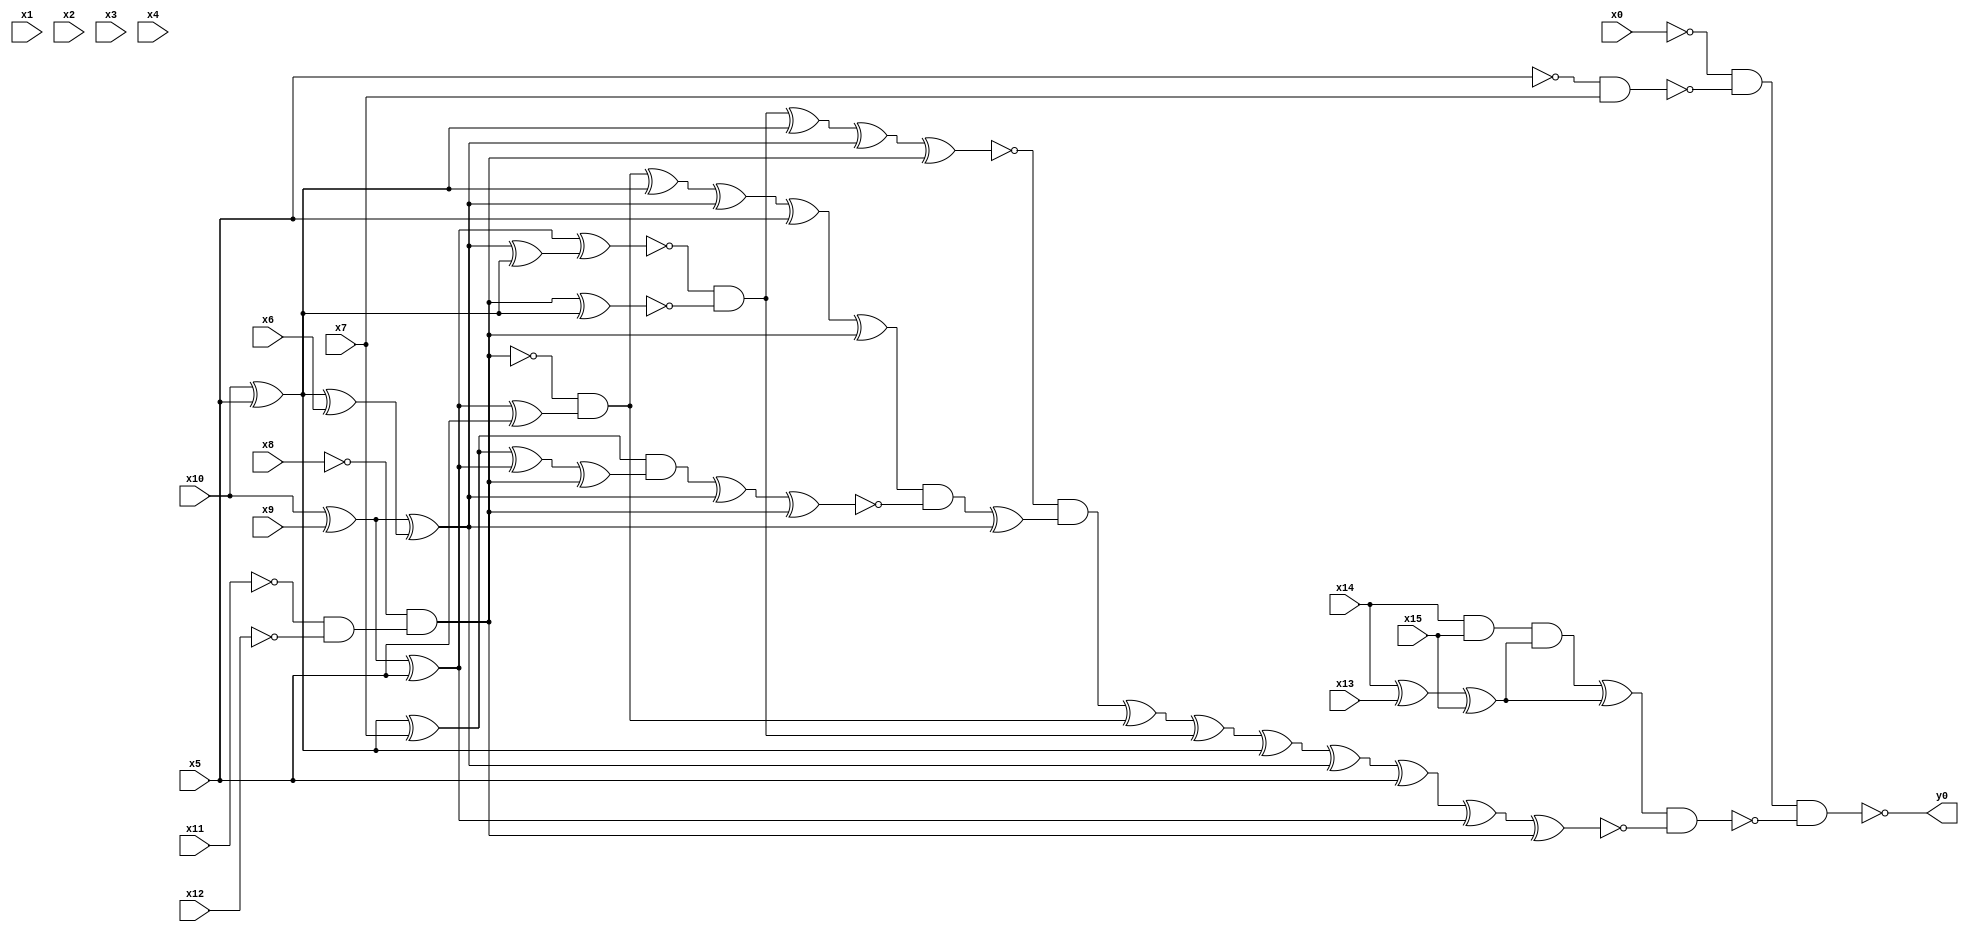
module top( x0 , x1 , x2 , x3 , x4 , x5 , x6 , x7 , x8 , x9 , x10 , x11 , x12 , x13 , x14 , x15 , y0 );
  input x0 , x1 , x2 , x3 , x4 , x5 , x6 , x7 , x8 , x9 , x10 , x11 , x12 , x13 , x14 , x15 ;
  output y0 ;
  wire n17 , n18 , n19 , n20 , n21 , n22 , n23 , n24 , n25 , n26 , n27 , n28 , n29 , n30 , n31 , n32 , n33 , n34 , n35 , n36 , n37 , n38 , n39 , n40 , n41 , n42 , n43 , n44 , n45 , n46 , n47 , n48 , n49 , n50 , n51 , n52 , n53 , n54 , n55 , n56 , n57 , n58 , n59 , n60 , n61 ;
  assign n17 = ~x5 & x7 ;
  assign n18 = ~x0 & ~n17 ;
  assign n19 = x14 & x15 ;
  assign n20 = x14 ^ x13 ;
  assign n21 = n20 ^ x15 ;
  assign n22 = n19 & n21 ;
  assign n23 = n22 ^ n21 ;
  assign n26 = x10 ^ x9 ;
  assign n29 = n26 ^ x5 ;
  assign n24 = x10 ^ x5 ;
  assign n25 = n24 ^ x6 ;
  assign n27 = n26 ^ n25 ;
  assign n28 = n27 ^ n24 ;
  assign n30 = n29 ^ n28 ;
  assign n31 = ~x11 & ~x12 ;
  assign n32 = ~x8 & n31 ;
  assign n33 = n32 ^ n24 ;
  assign n34 = ~n30 & ~n33 ;
  assign n35 = n34 ^ n24 ;
  assign n36 = n35 ^ n27 ;
  assign n37 = n36 ^ n32 ;
  assign n38 = n29 ^ x5 ;
  assign n39 = ~n32 & n38 ;
  assign n40 = n39 ^ n24 ;
  assign n41 = n40 ^ n27 ;
  assign n42 = n41 ^ x5 ;
  assign n43 = n42 ^ n32 ;
  assign n44 = n24 ^ x7 ;
  assign n45 = n44 ^ n29 ;
  assign n46 = n45 ^ n32 ;
  assign n47 = n44 & n46 ;
  assign n48 = n47 ^ n27 ;
  assign n49 = n48 ^ n32 ;
  assign n50 = n43 & ~n49 ;
  assign n51 = n50 ^ n27 ;
  assign n52 = ~n37 & n51 ;
  assign n53 = n52 ^ n39 ;
  assign n54 = n53 ^ n34 ;
  assign n55 = n54 ^ n24 ;
  assign n56 = n55 ^ n27 ;
  assign n57 = n56 ^ x5 ;
  assign n58 = n57 ^ n29 ;
  assign n59 = n58 ^ n32 ;
  assign n60 = n23 & ~n59 ;
  assign n61 = n18 & ~n60 ;
  assign y0 = ~n61 ;
endmodule